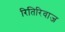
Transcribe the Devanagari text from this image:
रितिरिवाज